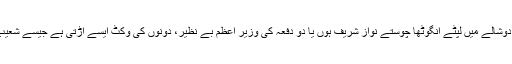
اس کے برعکس عسکری میٹرنٹی ہوم میں تولد ہیوی مینڈیٹ کے دوشالے میں لپٹے انگوٹھا چوستے نواز شریف ہوں یا دو دفعہ کی وزیر اعظم بے نظیر، دونوں کی وکٹ ایسے اڑتی ہے جیسے شعیب اختر کا یارکر پیروں میں سو میل فی گھنٹہ کی رفتار سے آیا ہو۔